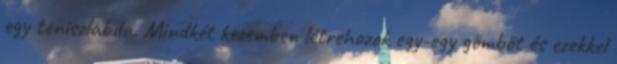
egy teniszlabda. Mindkét kezemben létrehozok egy-egy gömböt és ezekkel